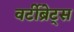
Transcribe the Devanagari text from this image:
वर्टीब्रेट्स